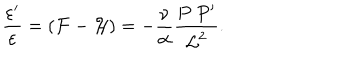
\frac { \varepsilon ^ { \prime } } { \varepsilon } = ( { \cal F } - { \cal H } ) = - \frac { \nu } { \alpha } \frac { P ~ P ^ { \prime } } { { \cal L } ^ { 2 } } .